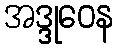
အဒ္ဒုဝေန